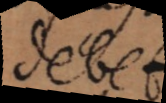
debet.